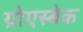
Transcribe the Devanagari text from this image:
ग्रोएस्बेक